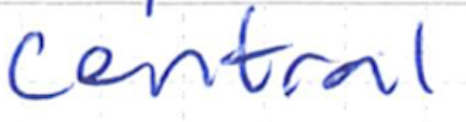
Text: central
Cross-out: clean
Writing tool: ballpoint